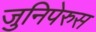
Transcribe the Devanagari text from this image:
जुनिपेरुस